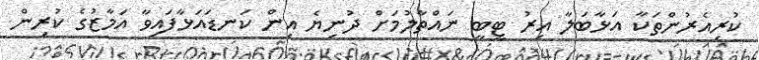
ކުރިއެރުންތަކާ އަޅާބަލާ އިރު ޓީބީ ނައްތާލުމަށް ދުނިޔެ އިން ކަނޑައަޅާފައިވާ އަމާޒުގެ ކުރިން